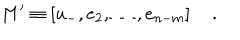
M ^ { \prime } \equiv \left[ u _ { - } , e _ { 2 } , \ldots , e _ { n - m } \right] \quad .